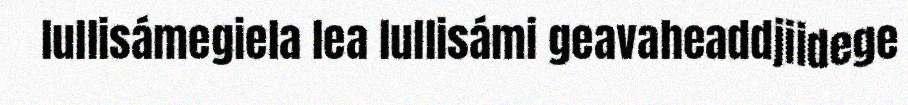
lullisámegiela lea lullisámi geavaheaddjiidege